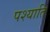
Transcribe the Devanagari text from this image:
पश्याति